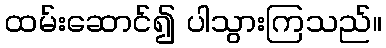
ထမ်းဆောင်၍ ပါသွားကြသည်။